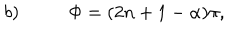
LaTeX: b ) \, \, \, \, \, \, \, \, \, \, \, \, \, \, \, \, \Phi = ( 2 n + 1 - \alpha ) \pi ,